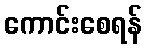
ကောင်းစေရန်